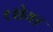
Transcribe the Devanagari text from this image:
१शेयर